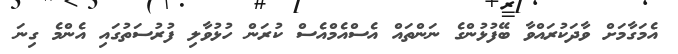
އެމަގާމަށް ވާދަކުރައްވާ ބޭފުޅުންގެ ނަންތައް އެސްއެމްއެސް ކުރަން ހުޅުވާލި ފުރުސަތުގައި އެންމެ ގިނަ